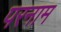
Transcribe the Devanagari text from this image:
परनाम